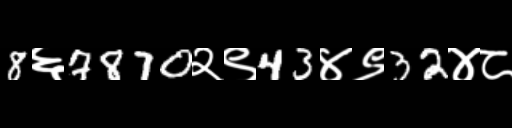
Text: 8६7870२९43४९32४८